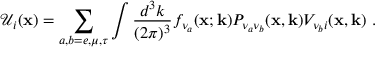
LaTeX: { \mathcal { U } } _ { i } ( { \mathbf { x } } ) = \sum _ { a , b = e , \mu , \tau } \int \frac { d ^ { 3 } k } { ( 2 \pi ) ^ { 3 } } f _ { \nu _ { a } } ( { \mathbf { x ; k } } ) P _ { \nu _ { a } \nu _ { b } } ( { \mathbf { x , k } } ) V _ { \nu _ { b } i } ( \mathbf { x , k } ) ~ .